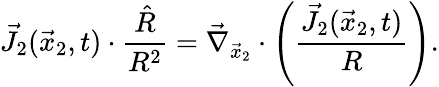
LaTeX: \vec{J}_{2}(\vec{x}_{2},t)\cdot\frac{\hat{R}}{R^{2}}=\vec{\nabla}_{\vec{x}_{2}}\cdot\left(\frac{\vec{J}_{2}(\vec{x}_{2},t)}{R}\right).